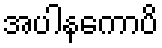
အပါနကောပိ